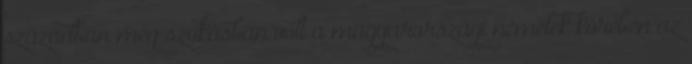
században még szokásban volt a magyarországi németek körében az